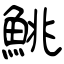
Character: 鮡